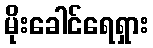
မိုးခေါင်ရေရှား